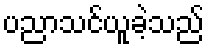
ပညာသင်ယူခဲ့သည်